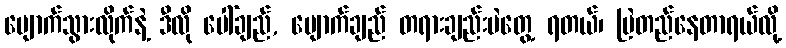
ပျောက်သွားလိုက်နဲ့ ဒီလို ပေါ်ချည်, ပျောက်ချည် တရားချည်းပဲတွေ့ ရတယ်၊ မြဲတည်နေတာရယ်လို့